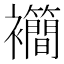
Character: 𫌙